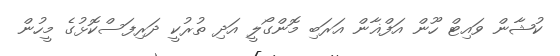
ކުޝާން ވައިޓް ހޫން އަފްޣާން އަރަބި މޮންގޯލީ އަދި ތުރުކީ ދަރިފަސްކޮޅުގެ މީހުން